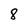
Character: 8